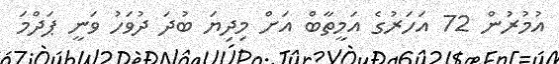
އުމުރުން 72 އަހަރުގެ އަމީތާބް އަށް މިދިޔަ ބުދަ ދުވަހު ވަނީ ޕަދްމަ